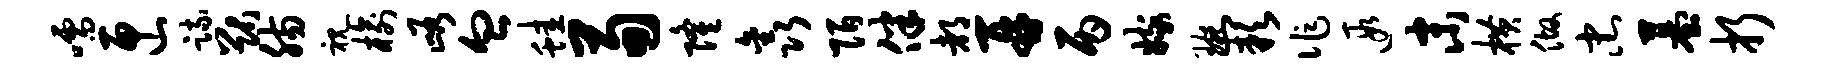
嚅匣疏猷肠视榆峪血蛙荀隆鑫陌伴都再丙嫁琬缺作遐末横做忠墓折